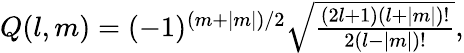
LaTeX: \begin{array}{r}{Q(l,m)=(-1)^{(m+|m|)/2}\sqrt{\frac{(2l+1)(l+|m|)!}{2(l-|m|)!}},}\end{array}